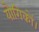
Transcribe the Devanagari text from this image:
यौगिकों।